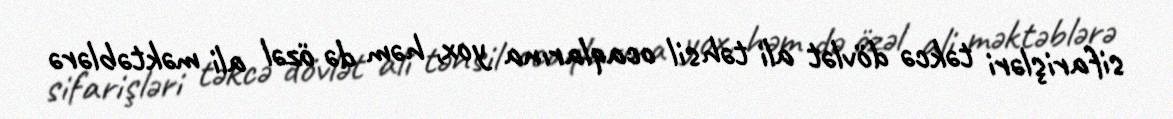
sifarişləri təkcə dövlət ali təhsil ocaqlarına yox, həm də özəl ali məktəblərə